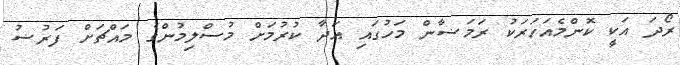
ރޯދަ އަކީ ކޮންމެއަހަރަކު ރަމަޟާން މަހުގައި އަދާ ކުރުމަށް މުސްލިމުންގެ މައްޗަށް ފަރުޟު